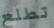
تطلع